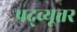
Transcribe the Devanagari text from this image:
पद्व्यूत्तर